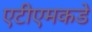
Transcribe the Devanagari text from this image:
एटीएमकडे